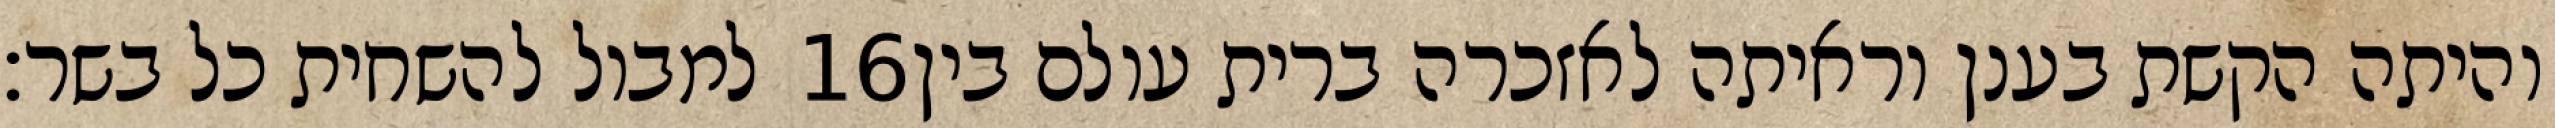
למבול להשחית כל בשר׃ ‎16‏ והיתה הקשת בענן וראיתה לאזכרה ברית עולם בין